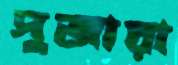
পুজারা